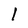
Character: l